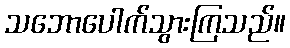
သဘောပေါက်သွားကြသည်။